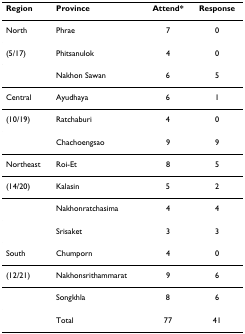
<table><thead><tr><td><b>Region</b></td><td><b>Province</b></td><td><b>Attend*</b></td><td><b>Response</b></td></tr></thead><tbody><tr><td>North</td><td>Phrae</td><td>7</td><td>0</td></tr><tr><td>(5/17)</td><td>Phitsanulok</td><td>4</td><td>0</td></tr><tr><td></td><td>Nakhon Sawan</td><td>6</td><td>5</td></tr><tr><td>Central</td><td>Ayudhaya</td><td>6</td><td>1</td></tr><tr><td>(10/19)</td><td>Ratchaburi</td><td>4</td><td>0</td></tr><tr><td></td><td>Chachoengsao</td><td>9</td><td>9</td></tr><tr><td>Northeast</td><td>Roi-Et</td><td>8</td><td>5</td></tr><tr><td>(14/20)</td><td>Kalasin</td><td>5</td><td>2</td></tr><tr><td></td><td>Nakhonratchasima</td><td>4</td><td>4</td></tr><tr><td></td><td>Srisaket</td><td>3</td><td>3</td></tr><tr><td>South</td><td>Chumporn</td><td>4</td><td>0</td></tr><tr><td>(12/21)</td><td>Nakhonsrithammarat</td><td>9</td><td>6</td></tr><tr><td></td><td>Songkhla</td><td>8</td><td>6</td></tr><tr><td></td><td>Total</td><td>77</td><td>41</td></tr></tbody></table>